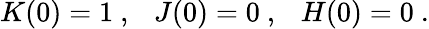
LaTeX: K(0)=1\ ,\ \ \ J(0)=0\ ,\ \ \ H(0)=0\ .